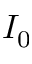
I _ { 0 }